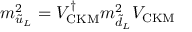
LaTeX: m _ { \tilde { u } _ { L } } ^ { 2 } = V _ { \mathrm { C K M } } ^ { \dagger } m _ { \tilde { d } _ { L } } ^ { 2 } V _ { \mathrm { C K M } }